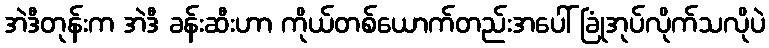
အဲဒီတုန်းက အဲဒီ ခန်းဆီးဟာ ကိုယ်တစ်ယောက်တည်းအပေါ် ခြုံအုပ်လိုက်သလိုပဲ